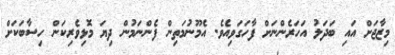
މިޒާޖަށް އައި ބަދަލު އަހަރެންނަށް ފާހަގަވިއެވެ. އެމޫނުމަތިން ފެންނަމުން ދިޔަ މޮޅިވެރިކަން ހިސާބަކަށް